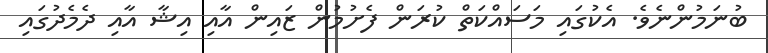
ބުނަމުންނެވެ. އެކުގައި މަސައްކަތް ކުރަން ފެށުމުން ޒައިން އާއި އިޝާ އާއި ދެމެދުގައި